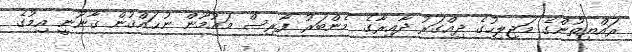
ރައްޔިތުންގެ މަޖިލިހުގެ ދިއްގަރު ދާއިރާގެ މެންބަރު ފާރިސް މައުމޫން ނުޙައްޤުން ޤާނޫނީ އިމުގެ